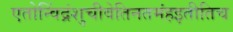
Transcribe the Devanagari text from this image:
एतोन्विंद्रंशुचीवेतिनतमंहइतीतिच